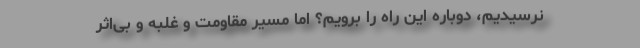
نرسیدیم، دوباره این راه را برویم؟ اما مسیر مقاومت و غلبه و بی‌اثر